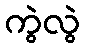
ကွဲလွဲ